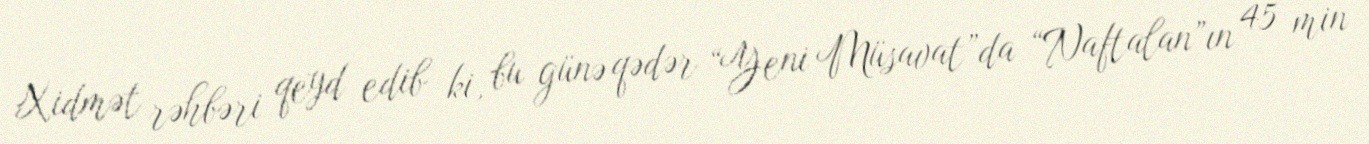
Xidmət rəhbəri qeyd edib ki, bu günə qədər “Yeni Müsavat”da “Naftalan”ın 45 min